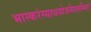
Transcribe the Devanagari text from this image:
भास्करंस्याथयोजनैलतन्मिरो